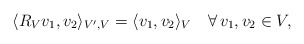
\begin{align*} \langle R_V v_1, v_2 \rangle_{V',V} = \langle v_1,v_2\rangle_V \quad\forall\,v_1,v_2\in V,\end{align*}